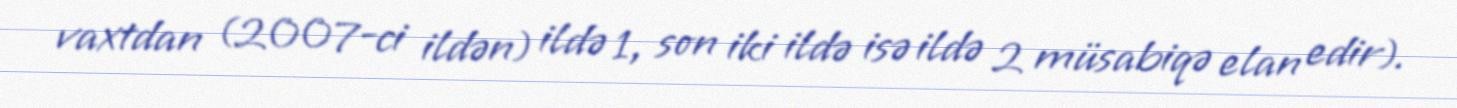
vaxtdan (2007-ci ildən) ildə 1, son iki ildə isə ildə 2 müsabiqə elan edir).